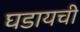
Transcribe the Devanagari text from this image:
घडायची